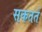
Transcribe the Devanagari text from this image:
सकतते